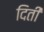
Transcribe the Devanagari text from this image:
दिती